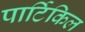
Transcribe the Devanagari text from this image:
पार्टिकिल